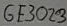
Text: GE3072